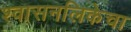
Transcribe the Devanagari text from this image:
श्वासनलिकेचा